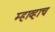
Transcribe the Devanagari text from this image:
म्हाव्हाच